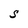
Character: s